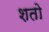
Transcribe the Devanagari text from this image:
शतो